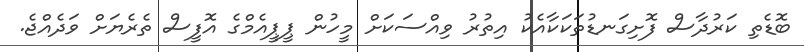
ބޮޑެތި ކަރުދާސް ފޮށިގަނޑުތަކަކާއެކު އިތުރު ވިއްސަކަށް މީހުން ޕީޕީއެމްގެ އޮފީސް ތެރެޔަށް ވަދެއްޖެ.